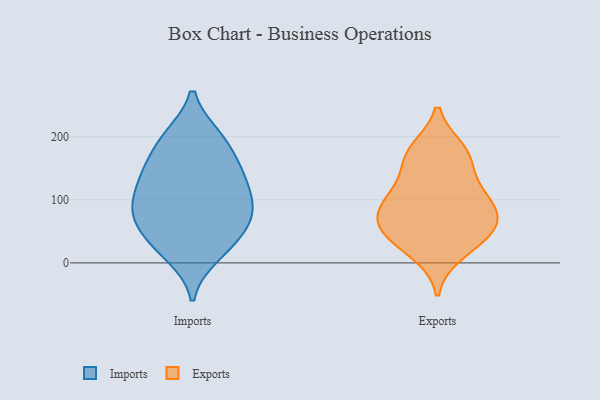
{"axis": {"x": "Website Visitors", "y": "Value"}, "legend": ["Exports", "Imports"], "data": [{"x": "", "y": 74, "type": "Imports"}, {"x": "", "y": 42, "type": "Imports"}, {"x": "", "y": 147, "type": "Imports"}, {"x": "", "y": 135, "type": "Imports"}, {"x": "", "y": 122, "type": "Imports"}, {"x": "", "y": 41, "type": "Imports"}, {"x": "", "y": 12, "type": "Imports"}, {"x": "", "y": 92, "type": "Imports"}, {"x": "", "y": 152, "type": "Imports"}, {"x": "", "y": 147, "type": "Imports"}, {"x": "", "y": 199, "type": "Imports"}, {"x": "", "y": 89, "type": "Imports"}, {"x": "", "y": 18, "type": "Imports"}, {"x": "", "y": 59, "type": "Imports"}, {"x": "", "y": 196, "type": "Imports"}, {"x": "", "y": 87, "type": "Imports"}, {"x": "", "y": 89, "type": "Imports"}, {"x": "", "y": 200, "type": "Imports"}, {"x": "", "y": 112, "type": "Exports"}, {"x": "", "y": 63, "type": "Exports"}, {"x": "", "y": 17, "type": "Exports"}, {"x": "", "y": 42, "type": "Exports"}, {"x": "", "y": 47, "type": "Exports"}, {"x": "", "y": 106, "type": "Exports"}, {"x": "", "y": 93, "type": "Exports"}, {"x": "", "y": 165, "type": "Exports"}, {"x": "", "y": 177, "type": "Exports"}, {"x": "", "y": 169, "type": "Exports"}, {"x": "", "y": 58, "type": "Exports"}, {"x": "", "y": 83, "type": "Exports"}]}